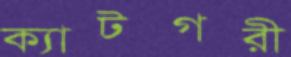
ক্যাটগরী